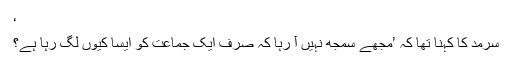
‘
سرمد کا کہنا تھا کہ ’مجھے سمجھ نہیں آ رہا کہ صرف ایک جماعت کو ایسا کیوں لگ رہا ہے؟